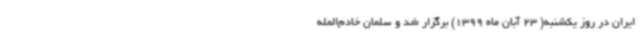
ایران در روز یکشنبه( 23 آبان ماه 1399) برگزار شد و سلمان خادم‌المله